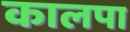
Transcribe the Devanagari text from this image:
कालपा